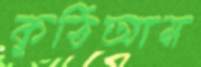
কুঠিআম